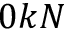
0 k N